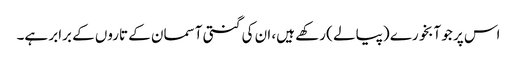
اس پر جو آبخورے (پیالے ) رکھے ہیں، ان کی گنتی آسمان کے تاروں کے برابر ہے۔